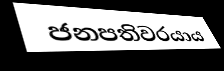
ජනපතිවරයාය